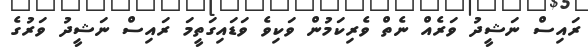
ރައިސް ނަޝީދު ވަރެއް ނެތް ވެރިކަމުން ވަކިވެ ވަޑައިގަތީމަ ރައިސް ނަޝީދު ވަރުގެ